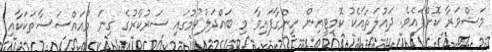
މަޝްވަރާ ކޮށްފައެވެ. ދައުލަތާއެކު ކޮމިޓީއިން ހިންގާފައިވާ މި ބައްދަލުވުމުގައި ސަރުކާރުގެ ގިނަ މުއައްސަސާތަކަކާއި